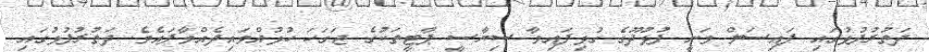
ދަތުރުފުޅުގައި ފައިސަލް ވަނީ ފުޅުދޫގެ ގުޅިފައިވާ ސިޔާސީ ޕާޓީތަކުގެ ޖަގަހަ ހުޅުއްވައިދެއްވާފައެވެ. ދަތުރުފުޅުގައި